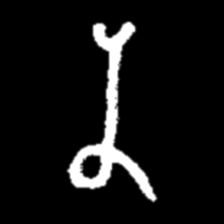
Pyu character \u2014 Myanmar letter: န (romanized: na)